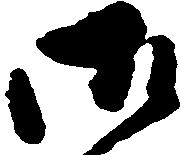
御